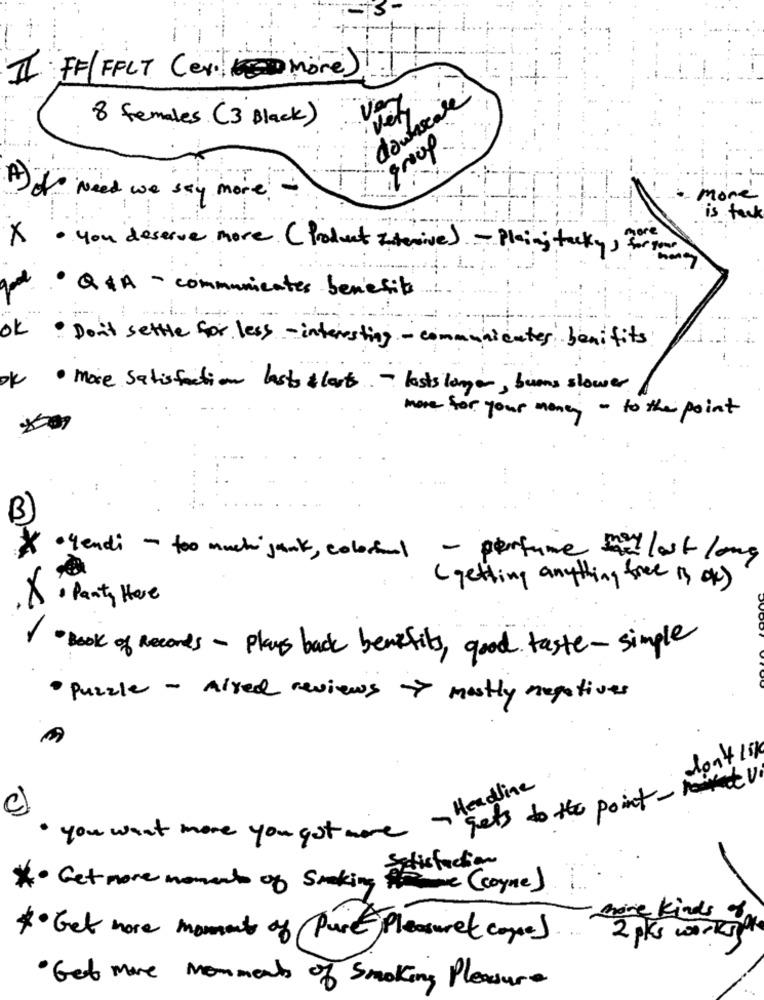
II FF FFCT (ex. more)
very
downscale
vet
8 females ( 3 Black )
A ) of Need we say more !
more
is tack
X . you deserve more ( Product Intensive) .- Plain; tacky ,?
· Q&A - communicates benefits
OK . Don't settle for less - interesting - communicates benifits
ok · more satisfaction lasts &lasts - lasts longer, buens slower
more for your money - to the point
B)
· Yendi - too much jank, colorful - perfume nie last long
( getting anything free is ok)
X. Panty Hose
Book of Records - plans back benefits, good taste-simple
· Puzzle - mixed reviews > mostly negatives
don't like
gets to the point - naivtV.
- Headline
c)
· you want more you got more
Satisfaction
Get more moments of Smoking Frame (coyne)
more Kinds 9
*· Get more moment of Pure Pleasure( come).
2 pks works"
. Get more momments of Smoking Pleasure